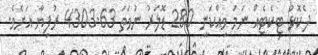
ދެކޮޅު ޓިކެޓެއް ނަމަ ވިއްކަނީ 280 ޑޮލަރު ނުވަތަ 4303.63 ރުފިޔާ އަށެވެ.